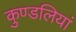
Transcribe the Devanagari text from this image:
कुण्‍डलियां